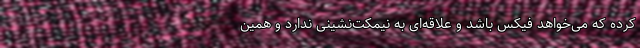
کرده که می‌خواهد فیکس باشد و علاقه‌ای به نیمکت‌نشینی ندارد و همین